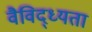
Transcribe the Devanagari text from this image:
वैविद्ध्यता